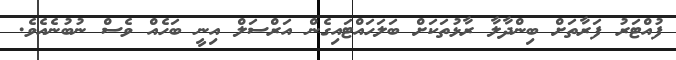
ފުއްޓަރު ފަރާތަށް ބިންދާލާ ރާޅުތަކަށް ބަލަހައްޓައިގެން އަރްސަލް އިނީ ބަހެއް ވެސް ނުބުނެއެވެ.